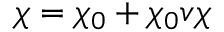
\chi = \chi _ { 0 } + \chi _ { 0 } v \chi